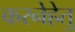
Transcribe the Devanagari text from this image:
करनेहेतु